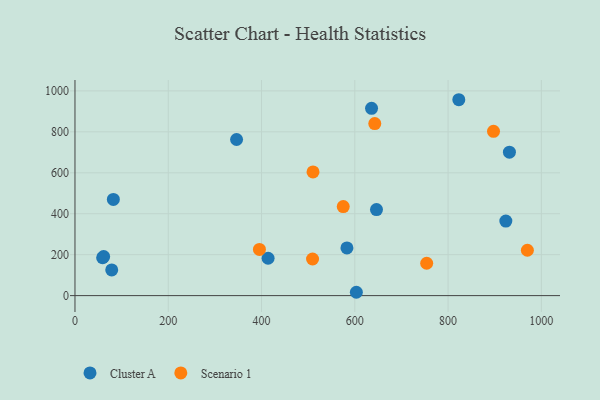
{"axis": {"x": "Investment", "y": "Fuel Efficiency"}, "legend": ["Cluster A", "Scenario 1"], "data": [{"x": "59.3", "y": 184.9, "type": "Cluster A"}, {"x": "646.5", "y": 420.3, "type": "Cluster A"}, {"x": "61.5", "y": 190.9, "type": "Cluster A"}, {"x": "823.0", "y": 956.9, "type": "Cluster A"}, {"x": "583.1", "y": 233.1, "type": "Cluster A"}, {"x": "346.5", "y": 762.6, "type": "Cluster A"}, {"x": "414.1", "y": 182.5, "type": "Cluster A"}, {"x": "82.3", "y": 469.7, "type": "Cluster A"}, {"x": "931.5", "y": 700.5, "type": "Cluster A"}, {"x": "923.8", "y": 364.3, "type": "Cluster A"}, {"x": "78.8", "y": 125.6, "type": "Cluster A"}, {"x": "603.3", "y": 16.3, "type": "Cluster A"}, {"x": "635.9", "y": 915.0, "type": "Cluster A"}, {"x": "395.5", "y": 225.8, "type": "Scenario 1"}, {"x": "509.4", "y": 178.8, "type": "Scenario 1"}, {"x": "754.1", "y": 158.1, "type": "Scenario 1"}, {"x": "970.0", "y": 221.5, "type": "Scenario 1"}, {"x": "897.4", "y": 802.7, "type": "Scenario 1"}, {"x": "642.8", "y": 840.5, "type": "Scenario 1"}, {"x": "510.4", "y": 604.3, "type": "Scenario 1"}, {"x": "575.2", "y": 435.1, "type": "Scenario 1"}]}